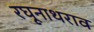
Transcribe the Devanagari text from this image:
रघूनाथराव